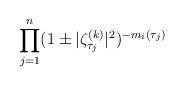
\begin{align*}\prod_{j=1}^n(1\pm\vert\zeta^{(k)}_{\tau_j}\vert^2)^{-m_i(\tau_j)}\end{align*}